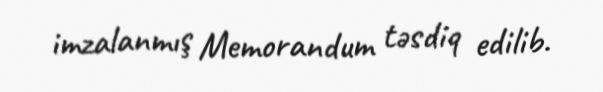
imzalanmış Memorandum təsdiq edilib.